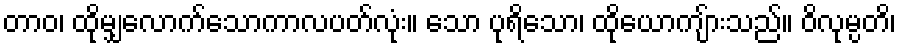
တာဝ၊ ထိုမျှလောက်သောကာလပတ်လုံး။ သော ပုရိသော၊ ထိုယောကျ်ားသည်။ ဝိလုမ္ပတိ၊